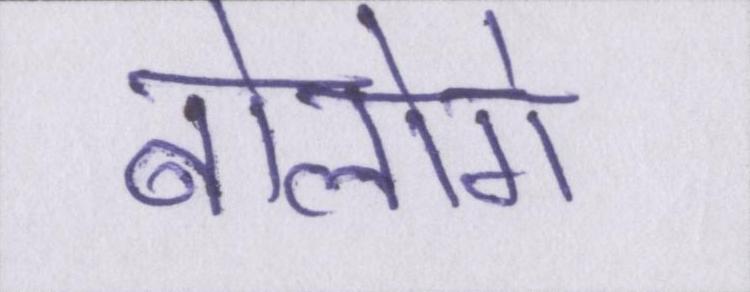
बोलोगे